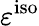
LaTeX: \varepsilon^{\mathrm{{iso}}}